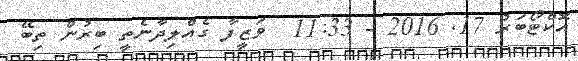
އޮކްޓޯބަރު 17